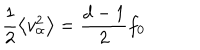
\frac { 1 } { 2 } \left\langle v _ { \alpha } ^ { 2 } \right\rangle = \frac { d - 1 } { 2 } f _ { 0 }